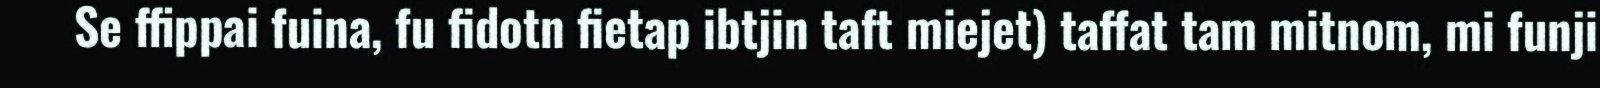
Se ffippai fuina, fu fidotn fietap ibtjin taft miejet) taffat tam mitnom, mi funji